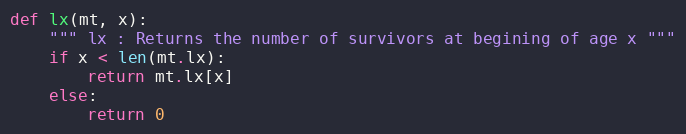
Language: Python
def lx(mt, x):
    """ lx : Returns the number of survivors at begining of age x """
    if x < len(mt.lx):
        return mt.lx[x]
    else:
        return 0